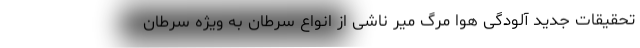
تحقیقات جدید آلودگی هوا مرگ میر ناشی از انواع سرطان به ویژه سرطان